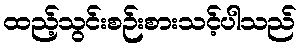
ထည့်သွင်းစဉ်းစားသင့်ပါသည်